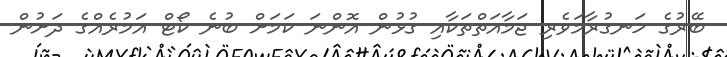
ބޭރުގެ ހަނގުރާމަވެރި ޖަމާއަތްތަކާއި ގުޅުން އޮންނަ ކަމަށް ބުނެ ކޯޓް އަމުރެއްގެ ދަށުން